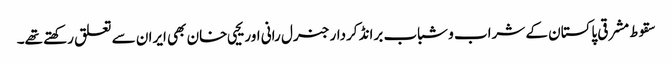
سقوط مشرقی پاکستان کے شراب و شباب برانڈ کردار جنرل رانی اور یحیی خان بھی ایران سے تعلق رکھتے تھے۔